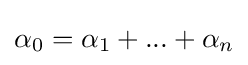
\alpha _{0}=\alpha _{1}+...+\alpha _{n}